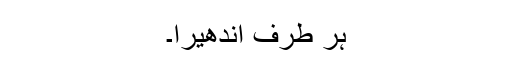
ہر طرف اندھیرا۔